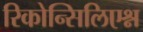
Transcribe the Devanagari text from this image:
रिकोन्सिलिएश्न